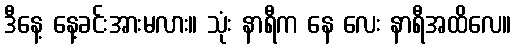
ဒီနေ့ နေ့ခင်းအားမလား။ သုံး နာရီက နေ လေး နာရီအထိလေ။